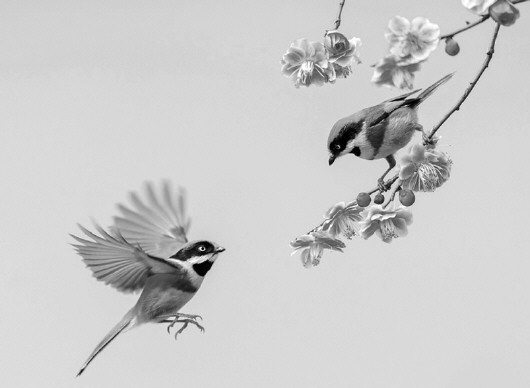
客子光阴诗卷里，杏花消息雨声中。